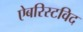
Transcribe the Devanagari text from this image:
ऐबरिस्टविद